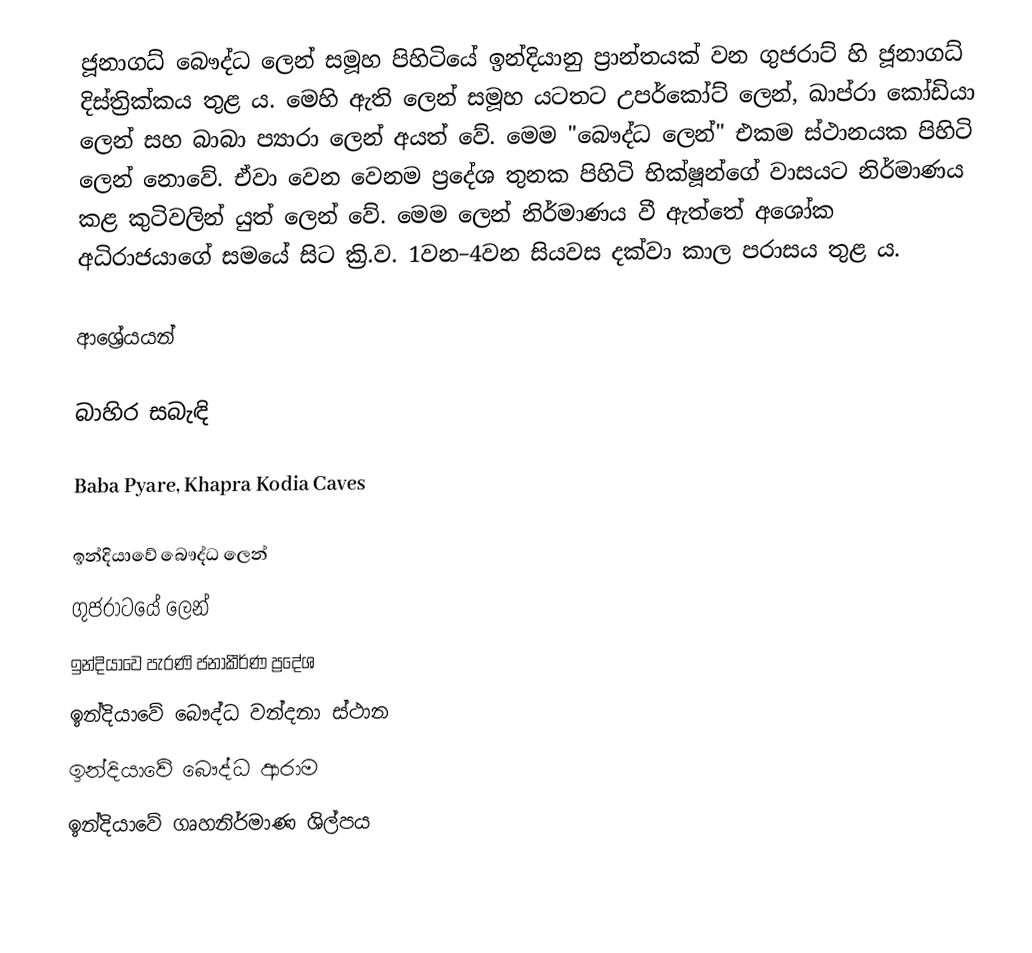
ජූනාගධ් බෞද්ධ ලෙන් සමූහ පිහිටියේ ඉන්දියානු ප්‍රාන්තයක් වන ගුජරාට් හි ජූනාගධ් දිස්ත්‍රික්කය තුළ ය. මෙහි ඇති ලෙන් සමූහ යටතට උපර්කෝට් ලෙන්, ඛාප්රා කෝඩියා ලෙන් සහ බාබා ප්‍යාරා ලෙන් අයත් වේ. මෙම "බෞද්ධ ලෙන්" ‍එකම ස්ථානයක පිහිටි ලෙන් නොවේ. ඒවා වෙන වෙනම ප්‍රදේශ තුනක පිහිටි භික්ෂූන්ගේ වාසයට නිර්මාණය කළ කුටිවලින් යුත් ලෙන් වේ. මෙම ලෙන් නිර්මාණය වී ඇත්තේ අශෝක අධිරාජයාගේ සමයේ සිට ක්‍රි.ව. 1වන–4වන සියවස දක්වා කාල පරාසය තුළ ය.

ආශ්‍රේයයන්

බාහිර සබැඳි

 Baba Pyare, Khapra Kodia Caves

ඉන්දියාවේ බෞද්ධ ලෙන්
ගුජරාටයේ ලෙන්
ඉන්දියාවෙ පැරණි ජනාකීර්ණ ප්‍රදේශ
ඉන්දියාවේ බෞද්ධ වන්දනා ස්ථාන
ඉන්දියාවේ බෞද්ධ ආරාම
ඉන්දියාවේ ගෘහනිර්මාණ ශිල්පය